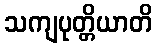
သကျပုတ္တိယာတိ